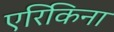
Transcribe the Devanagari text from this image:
एरिकिना